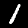
Digit: 1